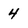
Character: 4